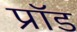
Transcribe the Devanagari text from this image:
प्रॉड